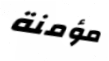
مؤمنة